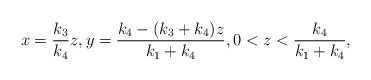
\begin{align*}x=\frac {k_3}{k_4}z,y=\frac{k_4-(k_3+k_4) z}{k_1+k_4},0 < z < \frac {k_4}{k_1+k_4},\end{align*}